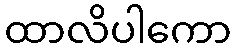
ထာလိပါကော